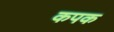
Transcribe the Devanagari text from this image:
कपक